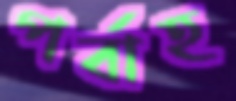
পর্বাহ